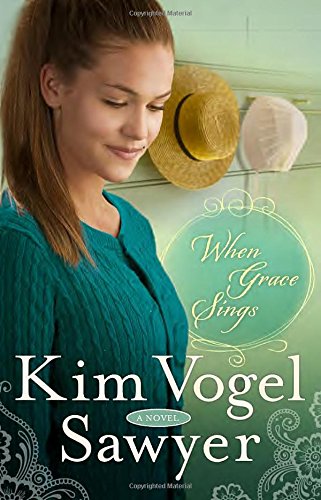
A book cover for When Grace Sings: A Novel (The Zimmerman Restoration Trilogy); Kim Vogel Sawyer; Christian Books & Bibles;